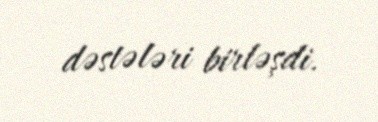
dəstələri birləşdi.